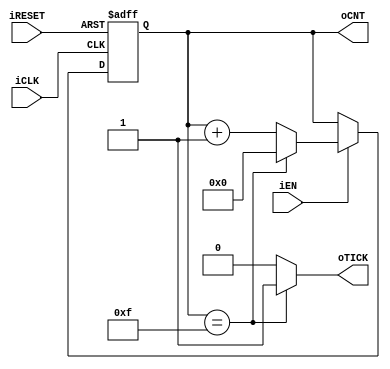
module mod_m_counter
	#(
		parameter SIZE = 16,				// count 0 to SIZE - 1
		          W = $clog2(SIZE)
	)
	(
		input wire iCLK, iRESET, iEN,
		output wire [W-1:0] oCNT,
		output wire oTICK
	);

	reg [W-1:0] cnt_reg;

	always @(posedge iCLK, posedge iRESET)
		if (iRESET)
			cnt_reg <= 0;
		else if (iEN)
			cnt_reg <= (cnt_reg == SIZE-1) ? 0 : cnt_reg + 1;
	
	assign oCNT = cnt_reg;
	assign oTICK = (cnt_reg == SIZE-1) ? 1'b1 : 1'b0;

endmodule